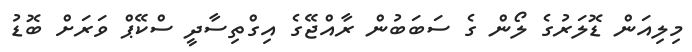
މިލިއަން ޑޮލަރުގެ ލޯން ގެ ސަބަބުން ރާއްޖޭގެ އިގްތިސާދީ ސްކޭޕް ވަރަށް ބޮޑު